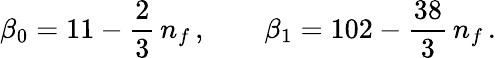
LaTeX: \beta_{0}=11-{\frac{2}{3}}\, n_{f}\, ,\qquad\beta_{1}=102-{\frac{38}{3}}\, n_{f}\, .